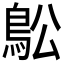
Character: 𲍜